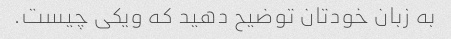
به زبان خودتان توضیح دهید که ویکی چیست.